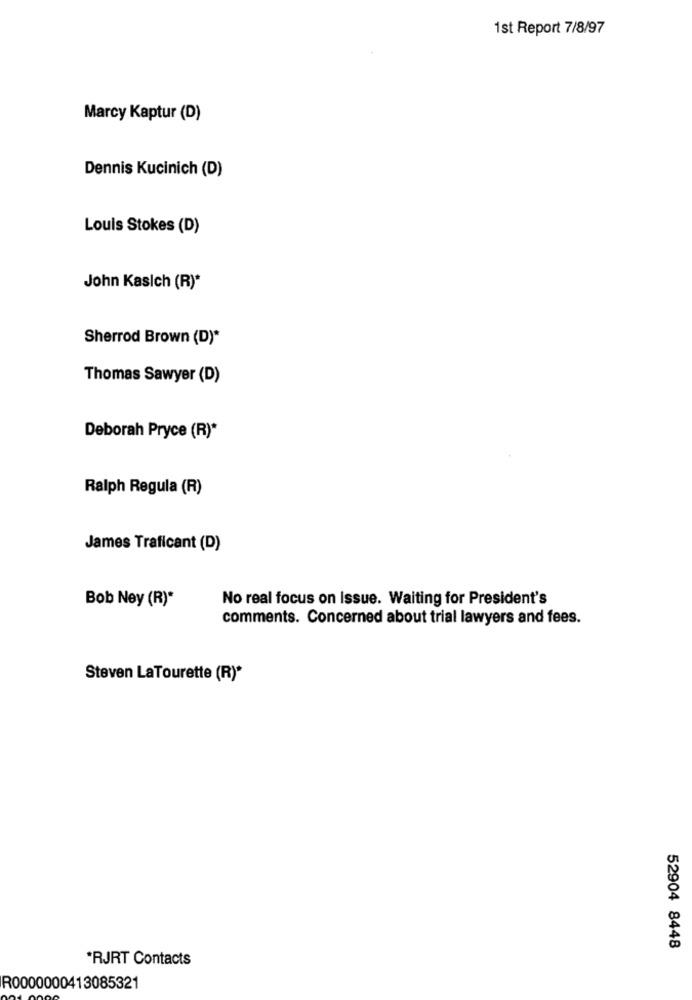
1st Report 7/8/97
Marcy Kaptur (D)
Dennis Kucinich (D)
Louis Stokes (D)
John Kasich (R)*
Sherrod Brown (D)*
Thomas Sawyer (D)
Deborah Pryce (R)*
Ralph Regula (R)
James Traficant (D)
Bob Ney (R)*
No real focus on Issue. Waiting for President's
comments. Concerned about trial lawyers and fees.
Steven LaTourette (R)*
52904 8448
*RJRT Contacts
R0000000413085321